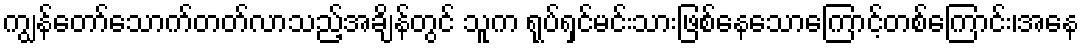
ကျွန်တော်သောက်တတ်လာသည့်အချိန်တွင် သူက ရုပ်ရှင်မင်းသားဖြစ်နေသောကြောင့်တစ်ကြောင်း၊အနေ